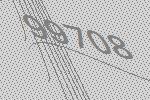
99708